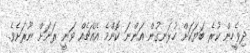
ދިވެހީން ކުރެ ބަޔަކަށް ހުޅަނގުން އަންނަ ކޮންމެ އެއްޗެއް ވަނީ ރަނަށް ނޫރަށެވެ.